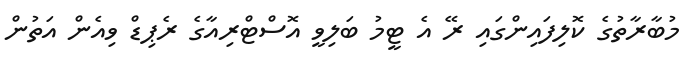
މުބާރާތުގެ ކޮލިފައިންގައި ރޭ އެ ޓީމު ބަލިވީ އޮސްޓްރިއާގެ ރެޕިޑް ވިއެން އަތުން